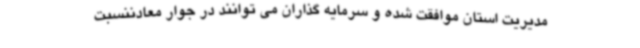
مدیریت استان موافقت شده و سرمایه گذاران می توانند در جوار معادننسبت